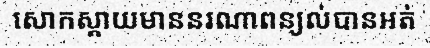
សោកស្តាយមាននរណាពន្យល់បានអត់